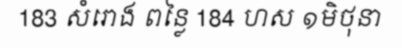
183 សំរោង ពន្លៃ 184 ហស ១មិថុនា